Vaccination in Bombay 1863-1868 - 1863-1868
Year: 1863
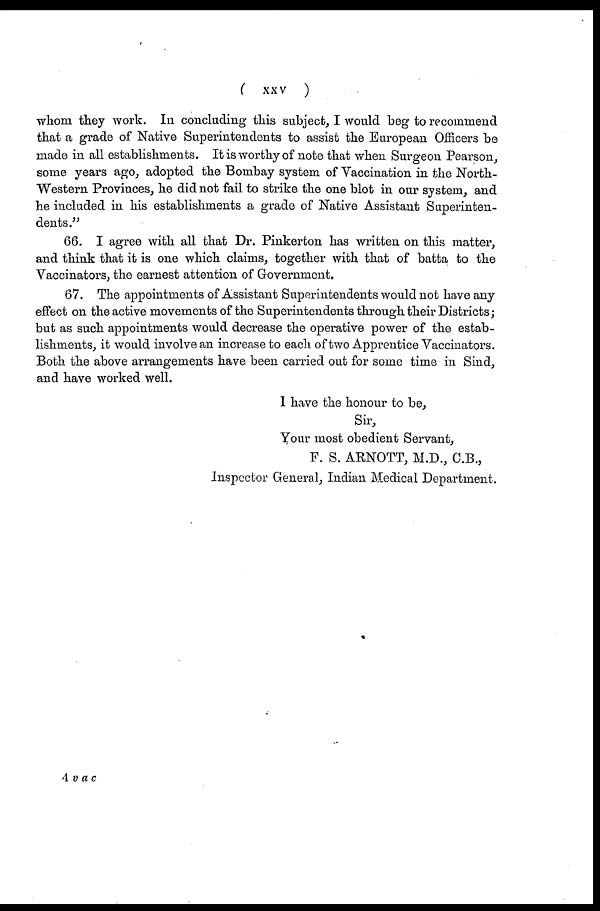
(
xxv
)
whom they work. In concluding this subject, I would beg to recommend
that a grade of Native Superintendents to assist the European Officers be
made in all establishments. It is worthy of note that when Surgeon Pearson,
some years ago, adopted the Bombay system of Vaccination in the North-
Western Provinces, he did not fail to strike the one blot in our system, and
he included in his establishments a grade of Native Assistant Superinten-
dents."
66. I agree with all that Dr. Pinkerton has written on this matter,
and think that it is one which claims, together with that of batta to the
Vaccinators, the earnest attention of Government.
67. The appointments of Assistant Superintendents would not have any
effect on the active movements of the Superintendents through their Districts;
but as such appointments would decrease the operative power of the estab-
lishments, it would involve an increase to each of two Apprentice Vaccinators.
Both the above arrangements have been carried out for some time in Sind,
and have worked well.
I have the honour to be,
Sir,
Your most obedient Servant,
F. S. ARNOTT, M.D., C.B.,
Inspector General, Indian Medical Department.
4 vac